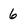
Character: 6